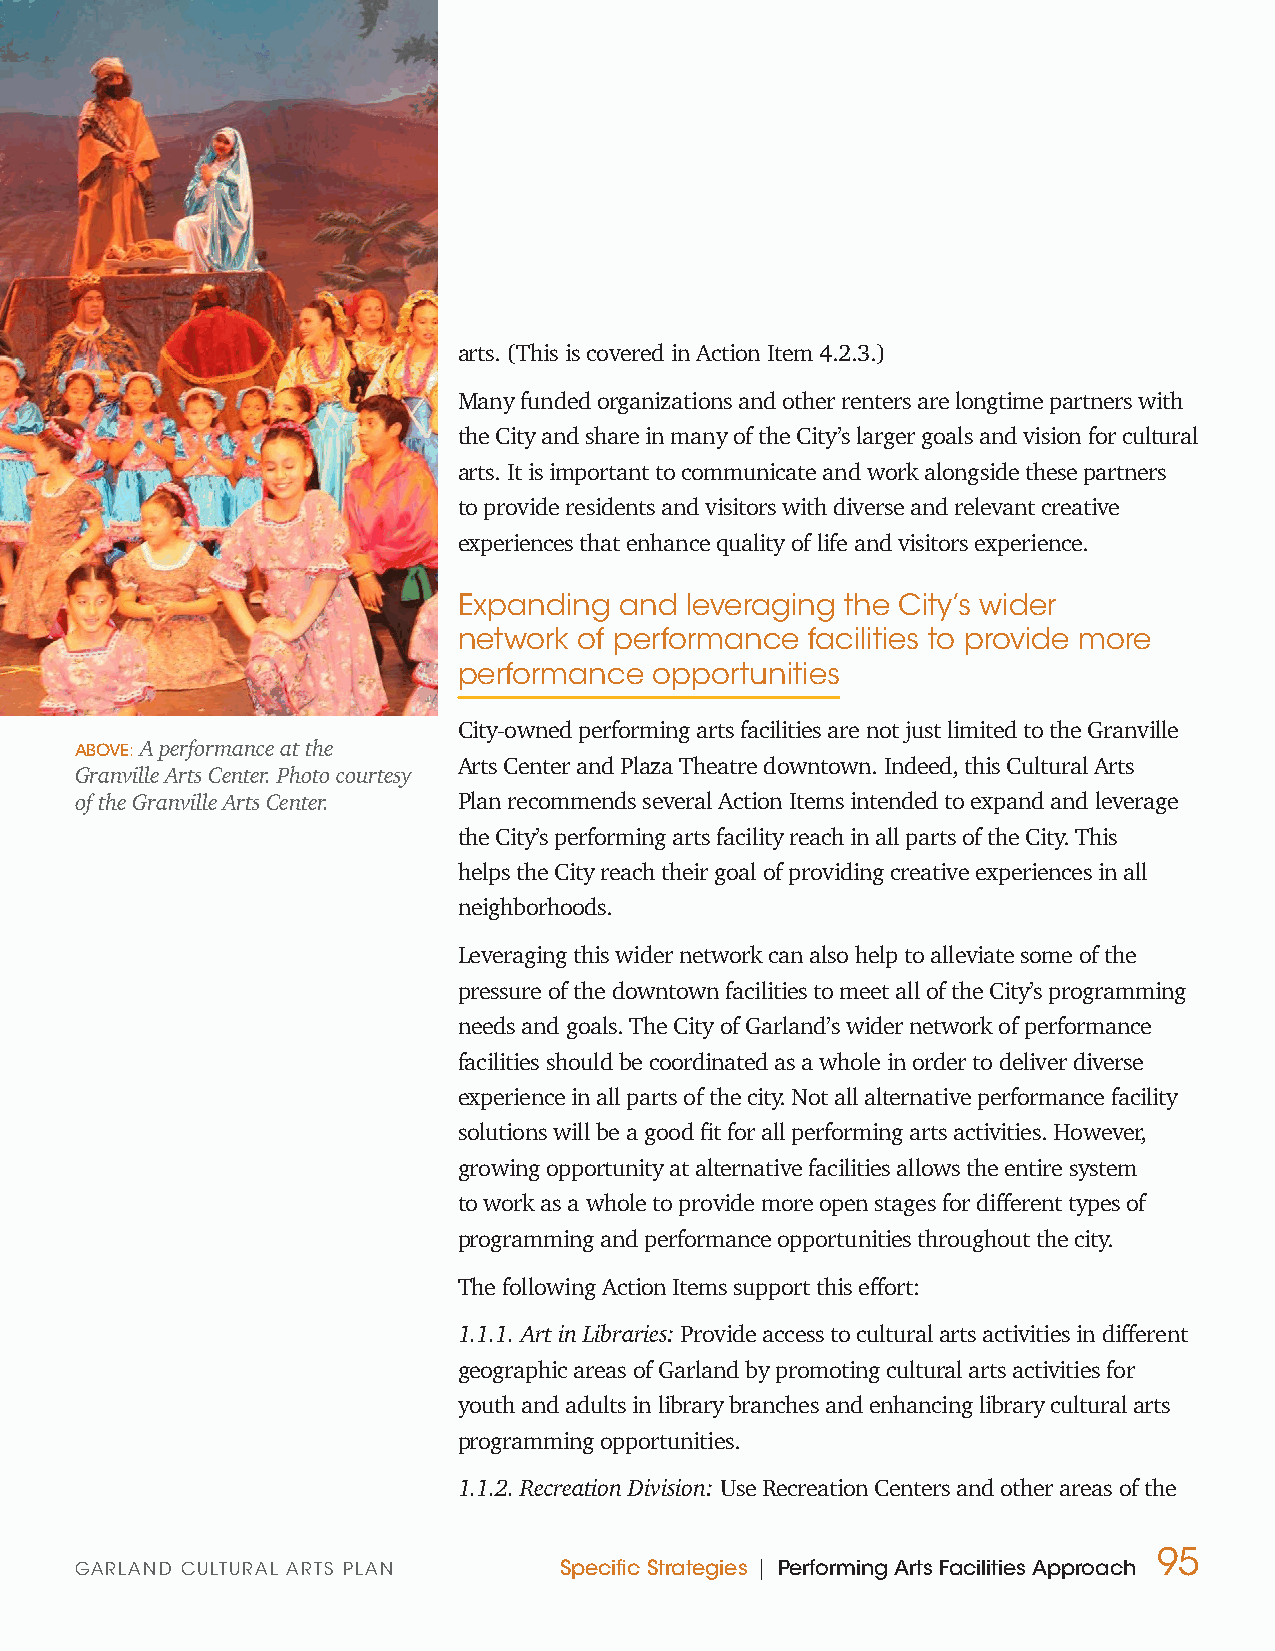
arts. (This is covered in Action Item 4.2.3.)
 Many funded organizations and other renters are longtime partners with
 the City and share in many of the City’s larger goals and vision for cultural
 arts. It is important to communicate and work alongside these partners
 to provide residents and visitors with diverse and relevant creative
 experiences that enhance quality of life and visitors experience.
 Expanding  and leveraging the City’s wider
 network of performance facilities to provide more
 performance  opportunities
 City-owned performing arts facilities are not just limited to the Granville
 ABOVE: A performance at the
 Arts Center and Plaza Theatre downtown. Indeed, this Cultural Arts
 Granville Arts Center. Photo courtesy
 of the Granville Arts Center. Plan recommends several Action Items intended to expand and leverage
 the City’s performing arts facility reach in all parts of the City. This
 helps the City reach their goal of providing creative experiences in all
 neighborhoods.
 Leveraging this wider network can also help to alleviate some of the
 pressure of the downtown facilities to meet all of the City’s programming
 needs and goals. The City of Garland’s wider network of performance
 facilities should be coordinated as a whole in order to deliver diverse
 experience in all parts of the city. Not all alternative performance facility
 solutions will be a good fit for all performing arts activities. However,
 growing opportunity at alternative facilities allows the entire system
 to work as a whole to provide more open stages for different types of
 programming and performance opportunities throughout the city.
 The following Action Items support this effort:
 1.1.1. Art in Libraries: Provide access to cultural arts activities in different
 geographic areas of Garland by promoting cultural arts activities for
 youth and adults in library branches and enhancing library cultural arts
 programming opportunities.
 1.1.2. Recreation Division: Use Recreation Centers and other areas of the
 95
 GARLAND CULTURAL ARTS PLAN      Specific Strategies | Performing Arts Facilities Approach